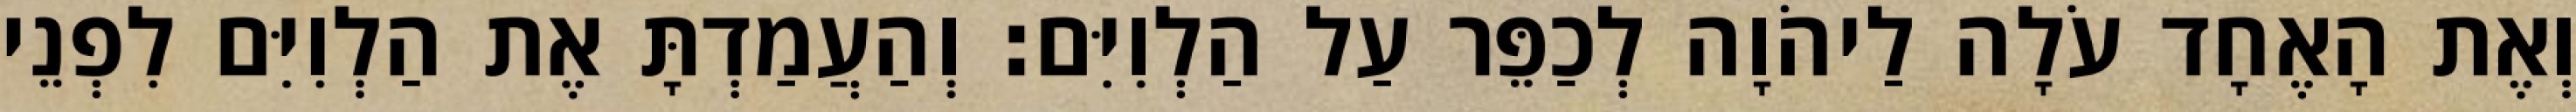
וְאֶת הָאֶחָד עֹלָה לַיהֹוָה לְכַפֵּר עַל הַלְוִיִּם׃ וְהַעֲמַדְתָּ אֶת הַלְוִיִּם לִפְנֵי